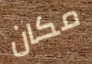
مكان